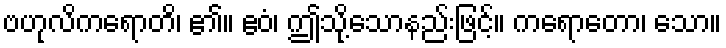
ဗဟုလိကရောတိ၊ ၏။ ဧဝံ၊ ဤသို့သောနည်းဖြင့်။ ကရောတော၊ သော။